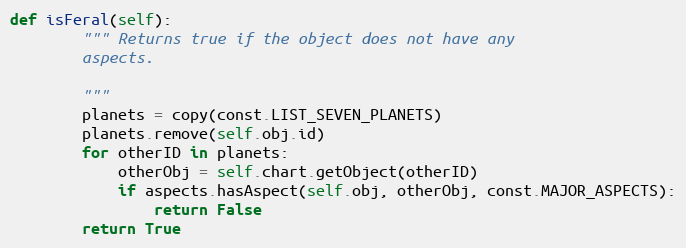
Language: Python
def isFeral(self):
        """ Returns true if the object does not have any
        aspects.

        """
        planets = copy(const.LIST_SEVEN_PLANETS)
        planets.remove(self.obj.id)
        for otherID in planets:
            otherObj = self.chart.getObject(otherID)
            if aspects.hasAspect(self.obj, otherObj, const.MAJOR_ASPECTS):
                return False
        return True